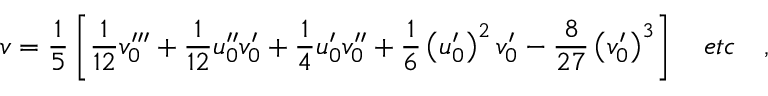
v = \frac { 1 } { 5 } \left[ \frac { 1 } { 1 2 } v _ { 0 } ^ { \prime \prime \prime } + \frac { 1 } { 1 2 } u _ { 0 } ^ { \prime \prime } v _ { 0 } ^ { \prime } + \frac { 1 } { 4 } u _ { 0 } ^ { \prime } v _ { 0 } ^ { \prime \prime } + \frac { 1 } { 6 } \left( u _ { 0 } ^ { \prime } \right) ^ { 2 } v _ { 0 } ^ { \prime } - \frac { 8 } { 2 7 } \left( v _ { 0 } ^ { \prime } \right) ^ { 3 } \right] \quad e t c \quad ,